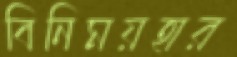
বিনিময়হার